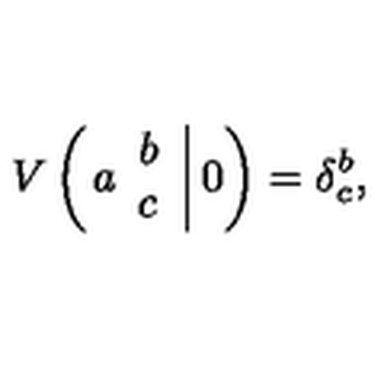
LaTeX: V \left( \left. a \begin{array} { c } { b } \\ { c } \\ \end{array} \right| 0 \right) = \delta _ { c } ^ { b } ,